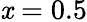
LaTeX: \mathit{x}=0.5